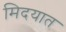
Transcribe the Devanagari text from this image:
मिदयात